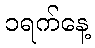
၁ရက်နေ့